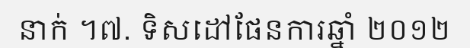
នាក់ ។៧. ទិសដៅផែនការឆ្នាំ ២០១២